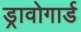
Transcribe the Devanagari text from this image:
ड्रावोगार्ड